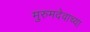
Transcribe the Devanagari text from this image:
मुरुमदेवाच्या